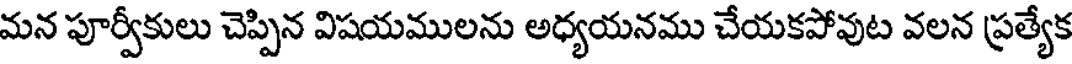
మన పూర్వీకులు చెప్పిన విషయములను అధ్యయనము చేయకపోవుట వలన ప్రత్యేక